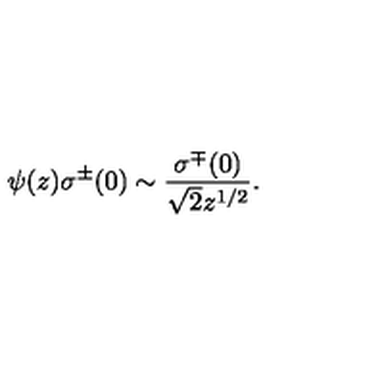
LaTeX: \psi ( z ) \sigma ^ { \pm } ( 0 ) \sim \frac { \sigma ^ { \mp } ( 0 ) } { \sqrt { 2 } z ^ { 1 / 2 } } .